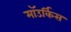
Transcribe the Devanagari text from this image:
माॅउर्किस